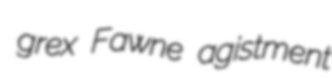
grex Fawne agistment